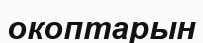
окоптарын